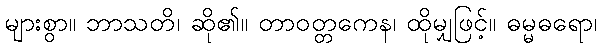
များစွာ။ ဘာသတိ၊ ဆို၏။ တာဝတ္တကေန၊ ထိုမျှဖြင့်။ ဓမ္မဓရော၊